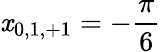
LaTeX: \mathit{x}_{0,1,+1}=-\frac{{\pi}}{{6}}